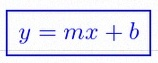
y=mx+b